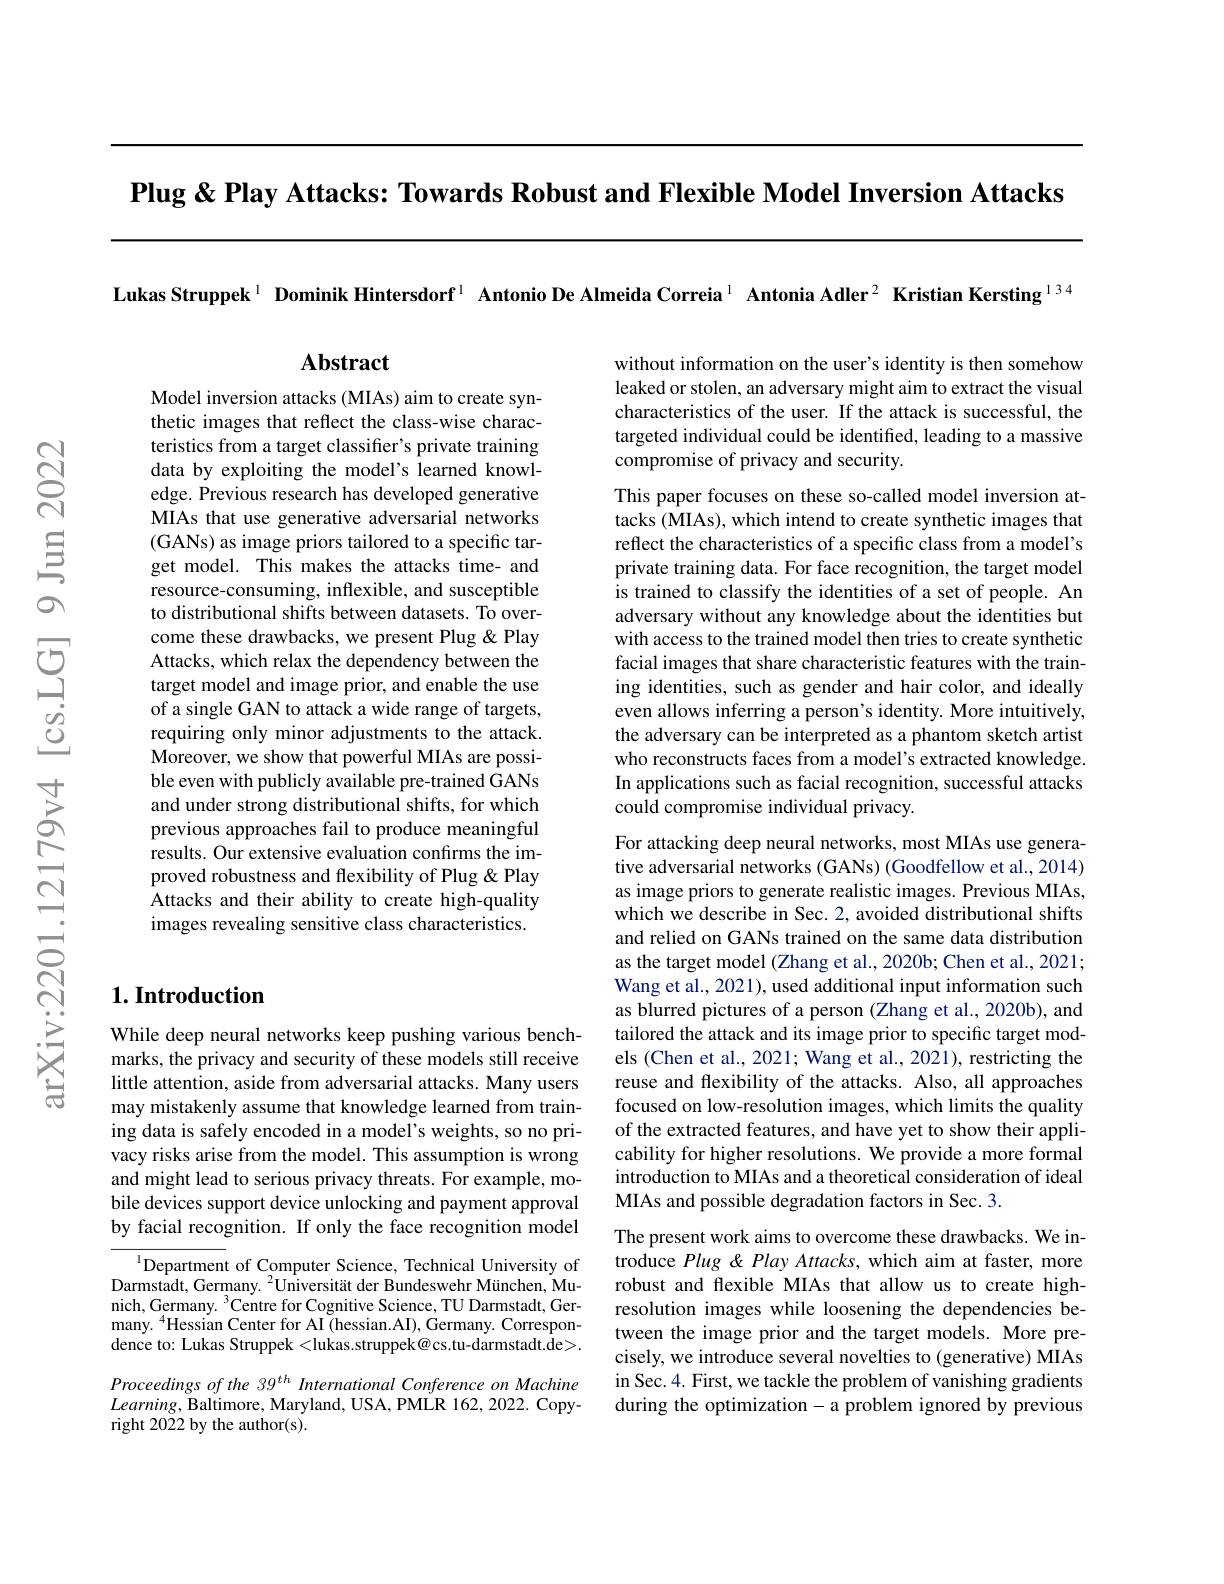
Plug & Play Attacks: Towards Robust and Flexible Model Inversion Attacks

Lukas Struppek$^{1}$ Dominik Hintersdorf$^{1}$ Antonio De Almeida Correia$^{1}$ Antonia Adler$^{2}$ Kristian Kersting$^{134}$

## $\mathbf{Abstract}$

without information on the user's identity is then somehow leaked or stolen, an adversary might aim to extract the visual characteristics of the user. If the attack is successful, the targeted individual could be identified, leading to a massive compromise of privacy and security.

This paper focuses on these so-called model inversion attacks (MIAs), which intend to create synthetic images that reflect the characteristics of a specific class from a model's private training data. For face recognition, the target model is trained to classify the identities of a set of people. An adversary without any knowledge about the identities but with access to the trained model then tries to create synthetic facial images that share characteristic features with the training identities, such as gender and hair color, and ideally even allows inferring a person's identity. More intuitively, the adversary can be interpreted as a phantom sketch artist who reconstructs faces from a model's extracted knowledge. In applications such as facial recognition, successful attacks could compromise individual privacy.

Model inversion attacks (MIAs) aim to create synthetic images that reflect the class-wise characteristics from a target classifier's private training data by exploiting the model's learned knowledge. Previous research has developed generative MIAs that use generative adversarial networks (GANs) as image priors tailored to a specific target model. This makes the attacks time- and resource-consuming, inflexible, and susceptible to distributional shifts between datasets. To overcome these drawbacks, we present Plug &Play Attacks, which relax the dependency between the target model and image prior, and enable the use of a single GAN to attack a wide range of targets, requiring only minor adjustments to the attack. Moreover, we show that powerful MIAs are possible even with publicly available pre-trained GANs and under strong distributional shifts, for which previous approaches fail to produce meaningful results. Our extensive evaluation confirms the improved robustness and flexibility of Plug & Play Attacks and their ability to create high-quality images revealing sensitive class characteristics.

## $1. \textbf{Introduction}$

For attacking deep neural networks, most MIAs use generative adversarial networks (GANs) (Goodfellow et al., 2014) as image priors to generate realistic images. Previous MIAs, which we describe in Sec. 2, avoided distributional shifts and relied on GANs trained on the same data distribution as the target model (Zhang et al., 2020b; Chen et al., 2021; Wang et al., 2021), used additional input information such as blurred pictures of a person (Zhang et al., 2020b), and tailored the attack and its image prior to specific target models (Chen et al., 2021; Wang et al., 2021), restricting the reuse and flexibility of the attacks. Also, all approaches focused on low-resolution images, which limits the quality of the extracted features, and have yet to show their applicability for higher resolutions. We provide a more formal introduction to MIAs and a theoretical consideration of ideal MIAs and possible degradation factors in Sec. 3.

While deep neural networks keep pushing various benchmarks, the privacy and security of these models still receive little attention, aside from adversarial attacks. Many users may mistakenly assume that knowledge learned from training data is safely encoded in a model's weights, so no privacy risks arise from the model. This assumption is wrong and might lead to serious privacy threats. For example, mobile devices support device unlocking and payment approval by facial recognition. If only the face recognition model

The present work aims to overcome these drawbacks. We introduce Plug & Play Attacks, which aim at faster, more robust and flexible MIAs that allow us to create highresolution images while loosening the dependencies between the image prior and the target models. More precisely, we introduce several novelties to (generative) MIAs in Sec. 4. First, we tackle the problem of vanishing gradients during the optimization-a problem ignored by previous

$^{1}$Department of Computer Science, Technical University of Darmstadt, Germany. $^2$Universität der Bundeswehr München, Munich, Germany. $^3$Centre for Cognitive Science, TU Darmstadt, Ger- $\mathrm{many.~}^{4}$Hessian Center for AI (hessian.AI), Germany. Correspondence to: Lukas Struppek <lukas.struppek@cs.tu-darmstadt.de>. Proceedings of the 39$^{th}$ International Conference on Machine $Learning$, Baltimore, Maryland, USA, PMLR 162, 2022. Copyright 2022 by the author(s).